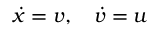
{ \dot { x } } = v , \quad { \dot { v } } = u